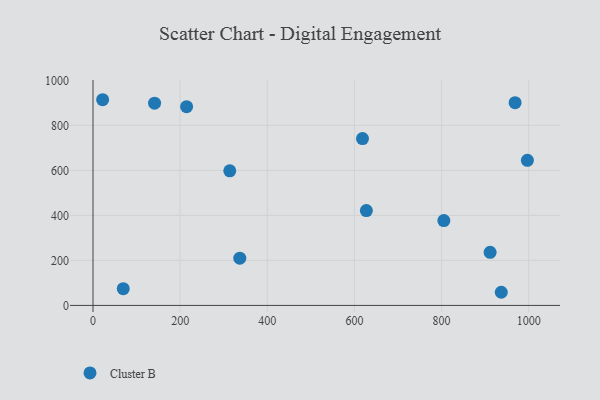
{"axis": {"x": "Distance", "y": "Fuel Efficiency"}, "legend": ["Cluster B"], "data": [{"x": "69.4", "y": 74.5, "type": "Cluster B"}, {"x": "141.3", "y": 898.6, "type": "Cluster B"}, {"x": "313.9", "y": 598.2, "type": "Cluster B"}, {"x": "618.5", "y": 741.4, "type": "Cluster B"}, {"x": "805.2", "y": 377.1, "type": "Cluster B"}, {"x": "22.1", "y": 913.9, "type": "Cluster B"}, {"x": "968.7", "y": 900.7, "type": "Cluster B"}, {"x": "336.9", "y": 209.9, "type": "Cluster B"}, {"x": "937.0", "y": 58.4, "type": "Cluster B"}, {"x": "214.8", "y": 883.0, "type": "Cluster B"}, {"x": "911.4", "y": 236.0, "type": "Cluster B"}, {"x": "996.9", "y": 644.8, "type": "Cluster B"}, {"x": "627.4", "y": 421.4, "type": "Cluster B"}]}